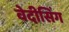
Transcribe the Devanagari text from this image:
वेदीसिंग